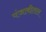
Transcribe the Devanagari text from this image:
पंजाबीताल